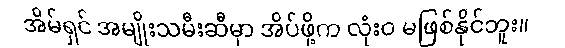
အိမ်ရှင် အမျိုးသမီးဆီမှာ အိပ်ဖို့က လုံးဝ မဖြစ်နိုင်ဘူး။